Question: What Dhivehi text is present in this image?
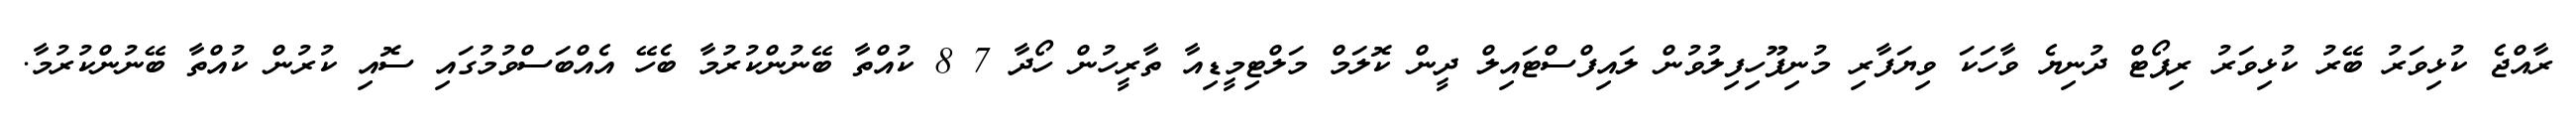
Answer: ރާއްޖެ ކުޅިވަރު ބޭރު ކުޅިވަރު ރިޕޯޓް ދުނިޔެ ވާހަކަ ވިޔަފާރި މުނިފޫހިފިލުވުން ލައިފްސްޓައިލް ދީން ކޮލަމް މަލްޓިމީޑިއާ ތާރީހުން ހޯދާ 7 8 ކުއްތާ ބޭނުންކުރުމާ ބެހޭ އެއްބަސްވުމުގައި ސޮއި ކުރުން ކުއްތާ ބޭނުންކުރުމާ.